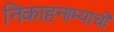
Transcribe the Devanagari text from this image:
निकाहनाम्याची